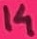
Text: 14